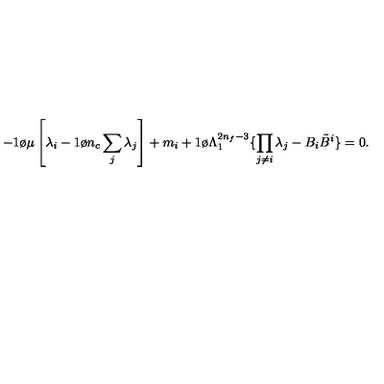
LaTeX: - { 1 \o \mu } \left[ \lambda _ { i } - { 1 \o n _ { c } } \sum _ { j } \lambda _ { j } \right] + m _ { i } + { 1 \o \Lambda _ { 1 } ^ { 2 n _ { f } - 3 } } \{ \prod _ { j \ne i } \lambda _ { j } - B _ { i } { \tilde { B } } ^ { i } \} = 0 .